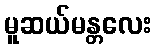
မူဆယ်မန္တလေး